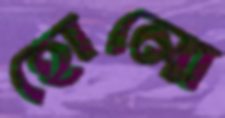
হোলো